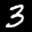
Label: 3